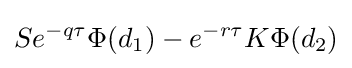
Se^{-q\tau }\Phi (d_{1})-e^{-r\tau }K\Phi (d_{2})